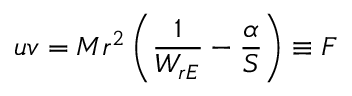
u v = M r ^ { 2 } \left( \frac { 1 } { W _ { r E } } - \frac { \alpha } { S } \right) \equiv F